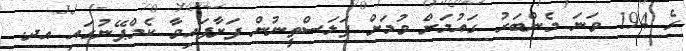
ގެ 194 ވަނަ މެންބަރު ގައުމަށް ވުމަށް ފަލަސްތީނުން ފަށާފައިވާ ކެމްޕޭނުގައި އދ.